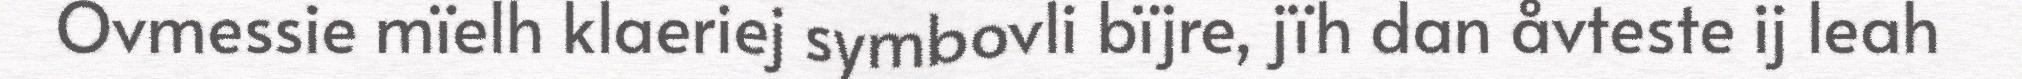
Ovmessie mïelh klaeriej symbovli bïjre, jïh dan åvteste ij leah